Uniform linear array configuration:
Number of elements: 8
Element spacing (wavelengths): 0.25
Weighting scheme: hamming
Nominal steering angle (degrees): -30
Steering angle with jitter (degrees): -28.234
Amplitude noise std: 0.05
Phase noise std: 0.05

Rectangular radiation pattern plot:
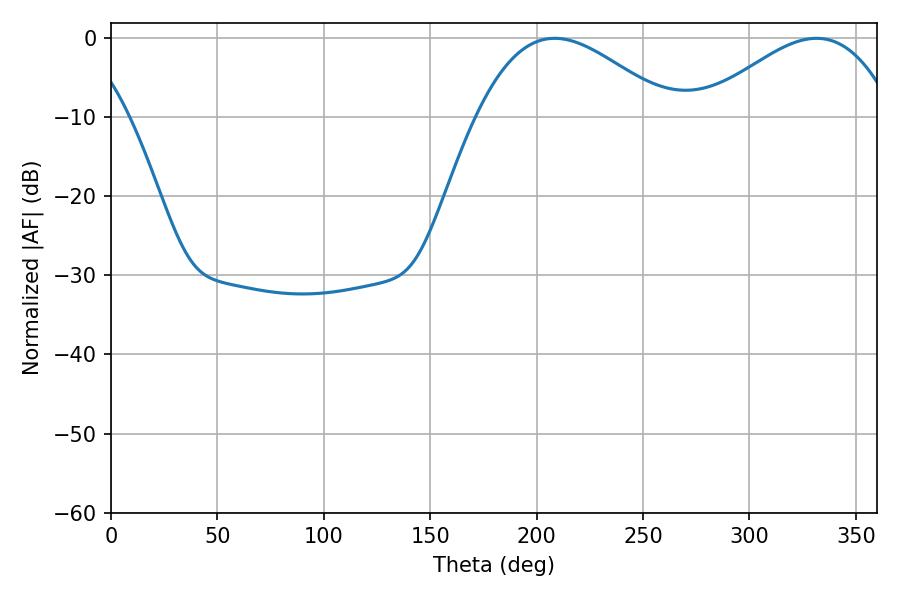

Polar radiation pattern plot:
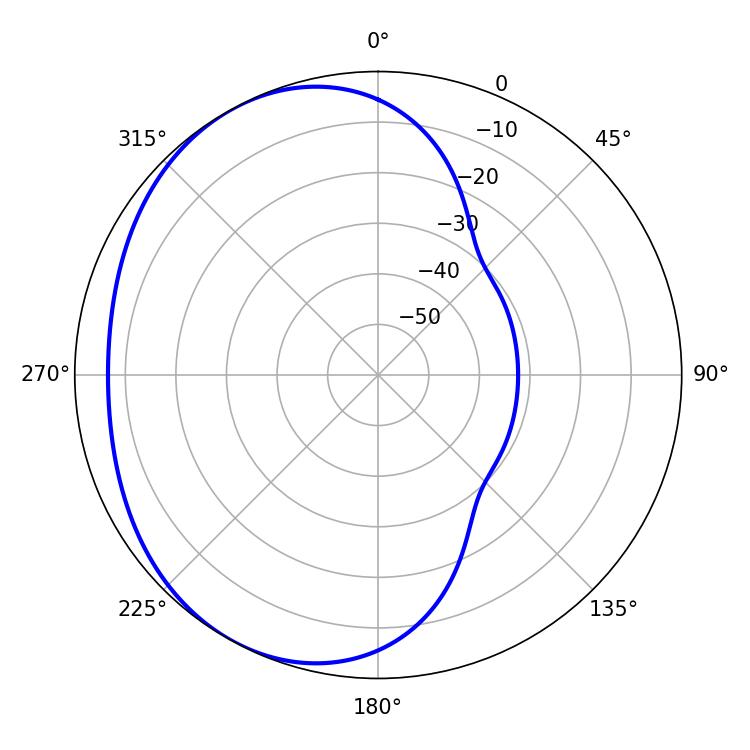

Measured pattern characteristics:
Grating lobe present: FALSE
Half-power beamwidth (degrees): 49.14
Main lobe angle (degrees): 208.44